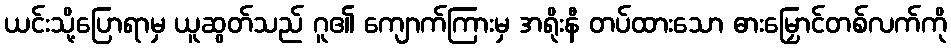
ယင်းသို့ပြောရာမှ ယူဆွတ်သည် ဂူ၏ ကျောက်ကြားမှ အရိုးနီ တပ်ထားသော ဓားမြှောင်တစ်လက်ကို